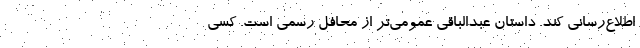
اطلاع‌رسانی کند. داستان عبدالباقی عمومی‌تر از محافل رسمی است. کسی